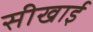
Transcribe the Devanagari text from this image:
सीखाई